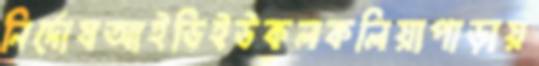
নির্দোষআইডিইউকলকলিয়াপাড়ায়